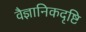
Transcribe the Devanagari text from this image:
वैज्ञानिकदृष्टि